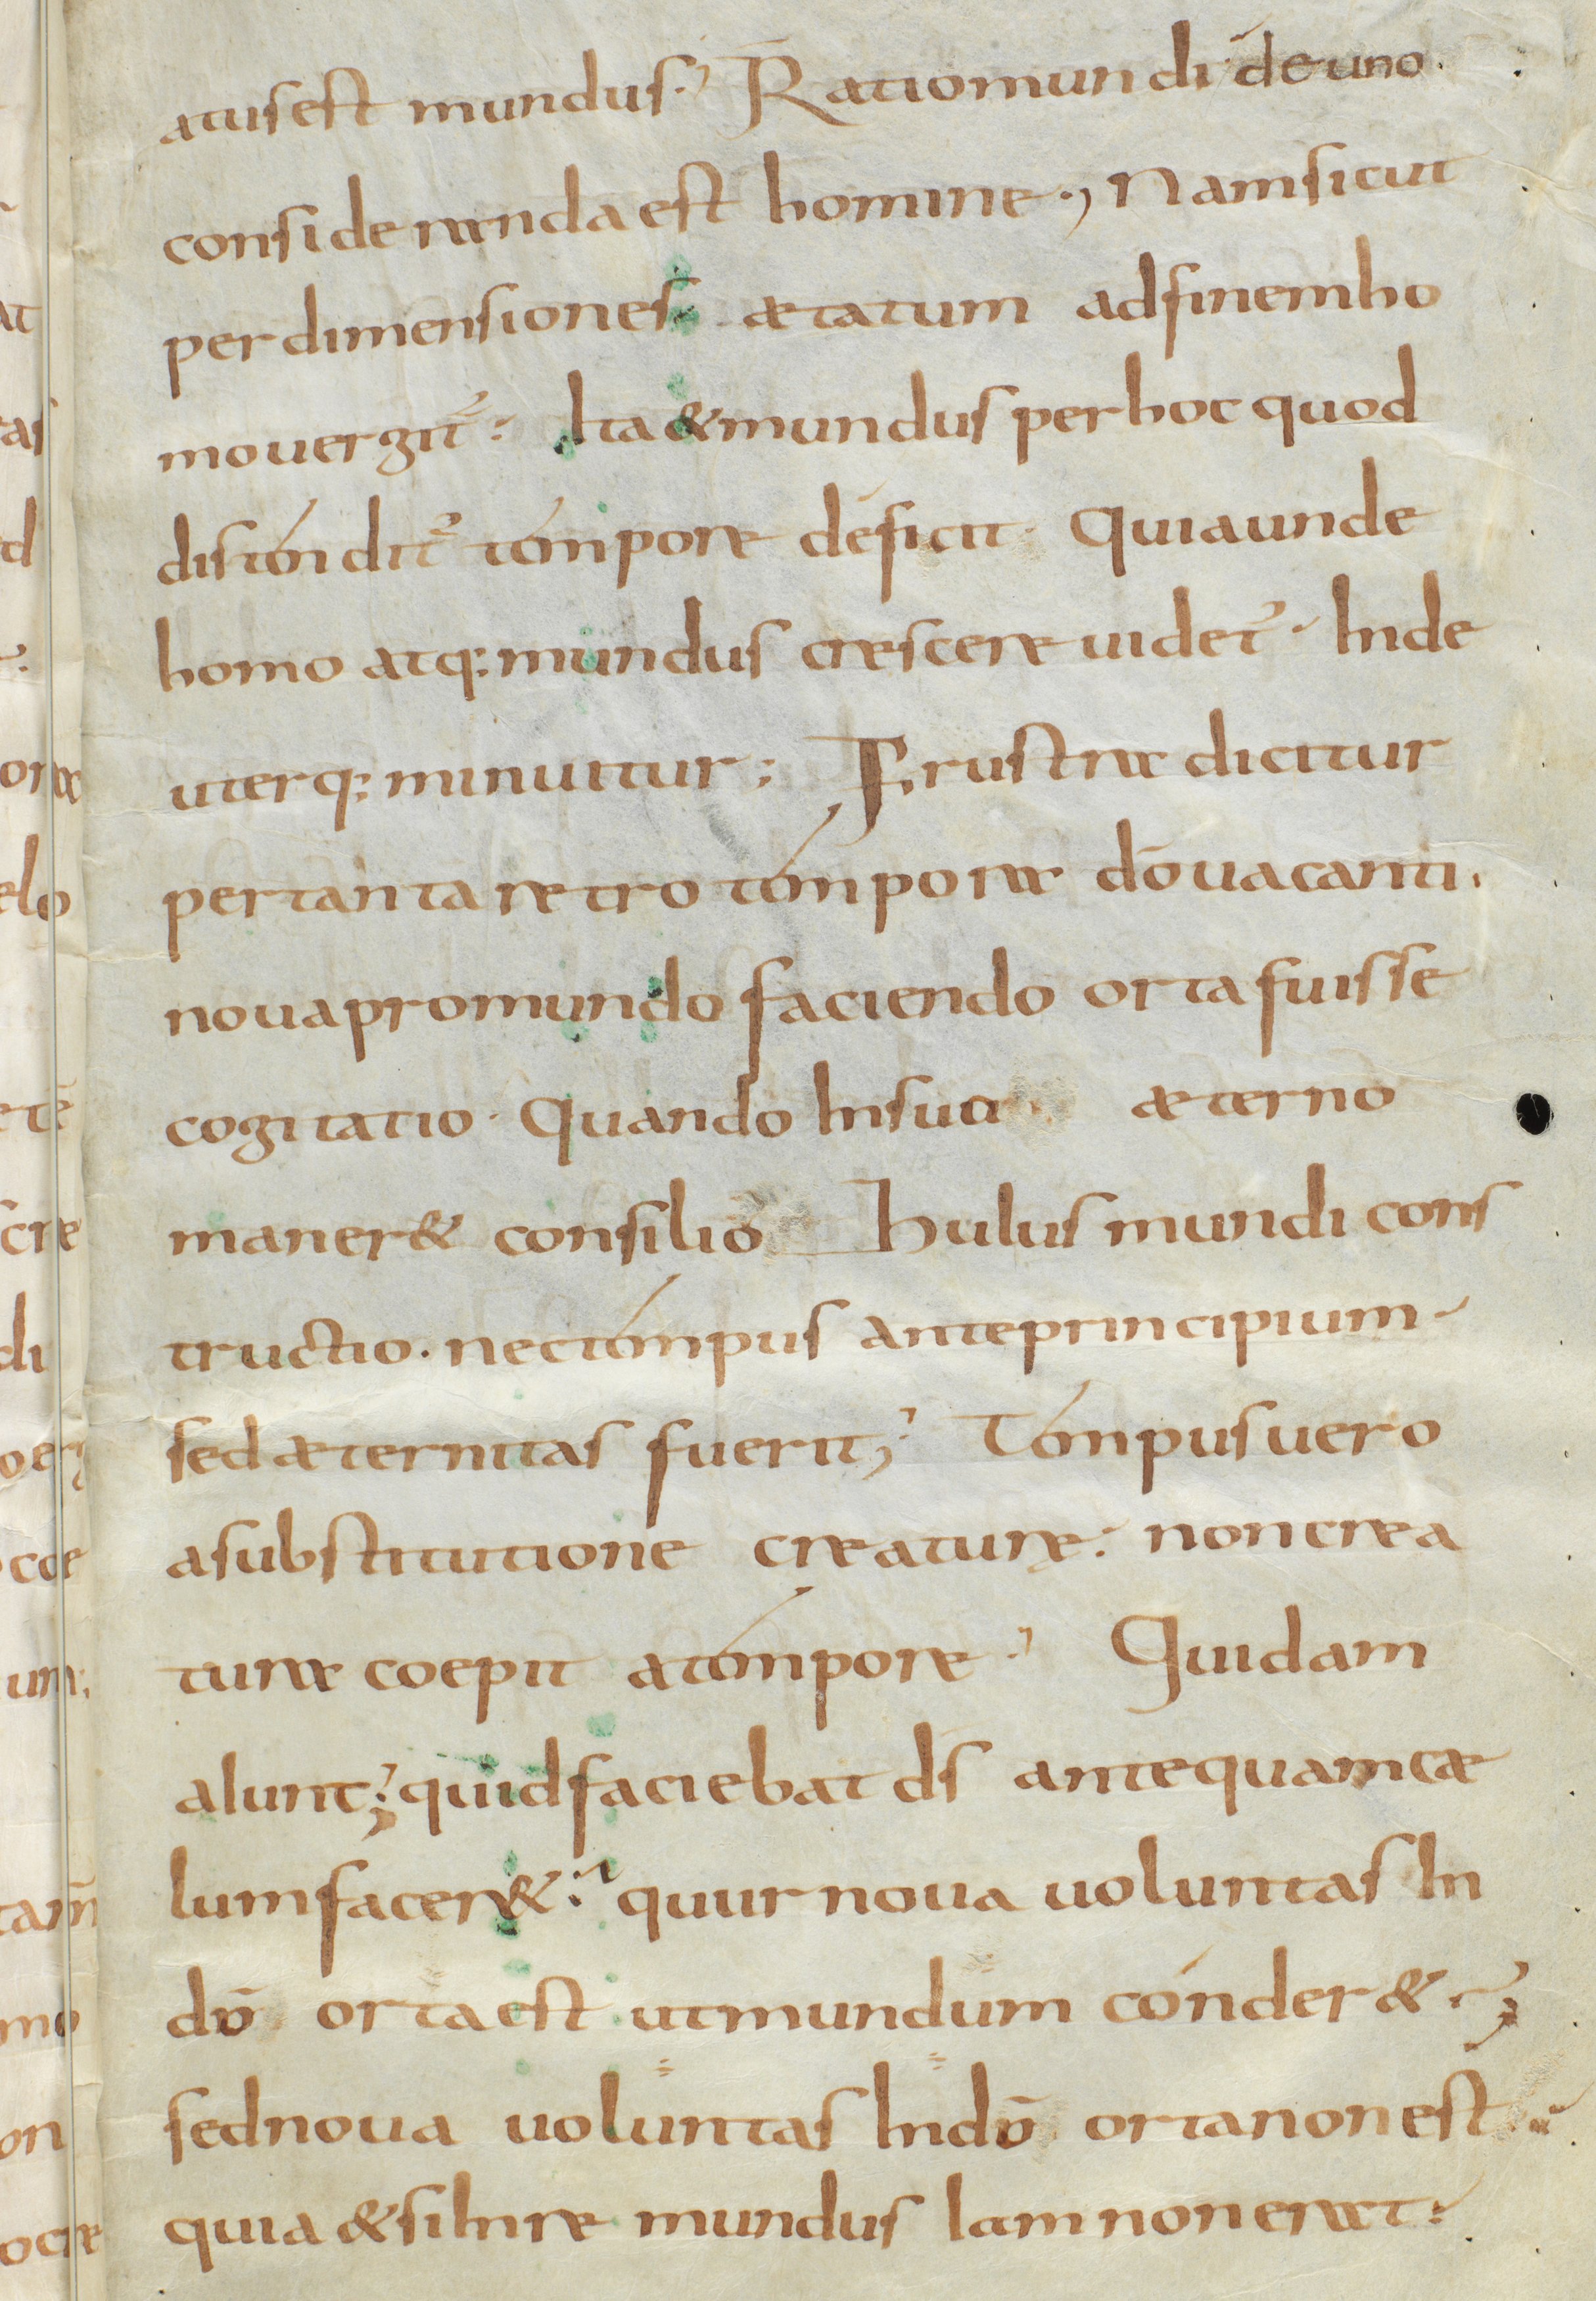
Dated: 800–833